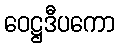
ဝေဋ္ဌဒီပကော